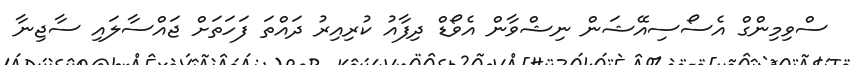
ސްވިމިންގް އެސޯސިއޭޝަން ނިޝްވާން އެވޯޑް ދިފާއު ކުރިއިރު ދައްތަ ފަހަތަށް ޖައްސާލައި ސާޖިނާ